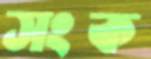
সংক